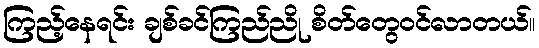
ကြည့်နေရင်း ချစ်ခင်ကြည်ညို စိတ်တွေဝင်လာတယ်။